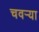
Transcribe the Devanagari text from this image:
चवऱ्या